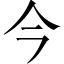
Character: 今